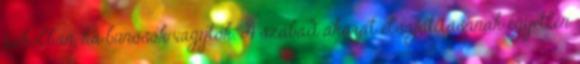
pokolban, ha bűnösök vagytok. A szabad akarat elsajátításának egyetlen